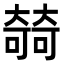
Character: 㚡